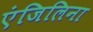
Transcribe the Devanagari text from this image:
एंजिलिना